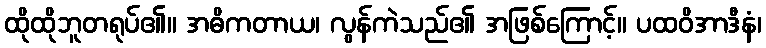
ထိုထိုဘူတရုပ်၏။ အဓိကတာယ၊ လွန်ကဲသည်၏ အဖြစ်ကြောင့်။ ပထဝိအာဒီနံ၊